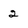
Character: 2